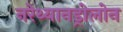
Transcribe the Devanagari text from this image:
नरेथ्यानड्रोलोन